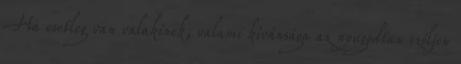
Ha esetleg van valakinek, valami kívánsága az nyugodtan szóljon